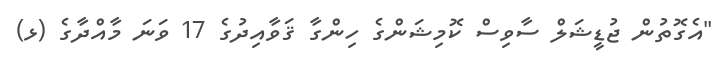
"އެގޮތުން ޖުޑީޝަލް ސާވިސް ކޮމިޝަންގެ ހިންގާ ޤަވާއިދުގެ 17 ވަނަ މާއްދާގެ (ޅ)